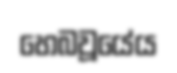
හෙබවූයේය